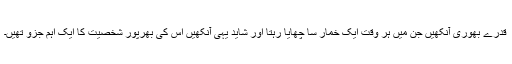
قدرے بھوری آنکھیں جن میں ہر وقت ایک خمار سا چھایا رہتا اور شاید یہی آنکھیں اس کی بھرپور شخصیت کا ایک اہم جزو تھیں۔